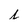
Character: l